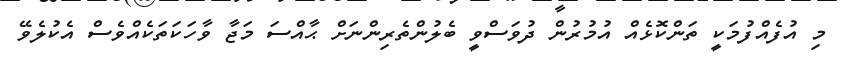
މި އުފެއްފުމަކީ ތަންކޮޅެއް އުމުރުން ދުވަސްވީ ބެލުންތެރިންނަށް ޙާއްސަ މަޖާ ވާހަކަތަކެއްވެސް އެކުލެވޭ